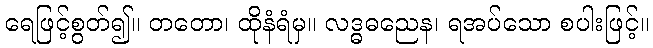
ရေဖြင့်စွတ်၍။ တတော၊ ထိုနံရံမှ။ လဒ္ဓဓညေန၊ ရအပ်သော စပါးဖြင့်။